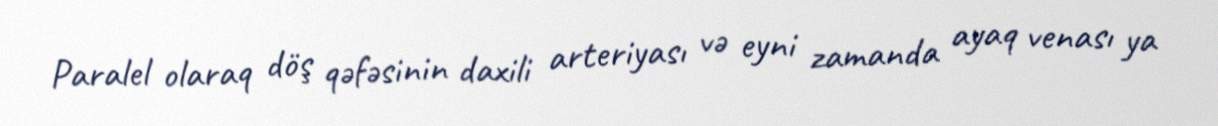
Paralel olaraq döş qəfəsinin daxili arteriyası və eyni zamanda ayaq venası ya